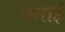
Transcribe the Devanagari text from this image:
फ़लाई